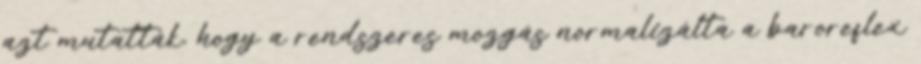
azt mutatták, hogy a rendszeres mozgás normalizálta a baroreflex